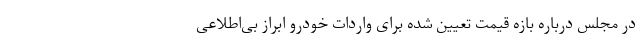
در مجلس درباره بازه قیمت تعیین شده برای واردات خودرو ابراز بی‌اطلاعی